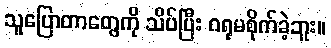
သူပြောတာတွေကို သိပ်ပြီး ဂရုမစိုက်ခဲ့ဘူး။